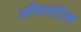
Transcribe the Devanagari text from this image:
अतिसटीक